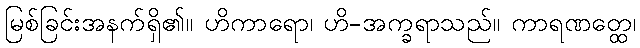
မြစ်ခြင်းအနက်ရှိ၏။ ဟိကာရော၊ ဟိ-အက္ခရာသည်။ ကာရဏတ္ထေ၊